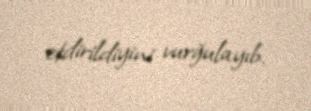
etdirildiyini vurğulayıb.